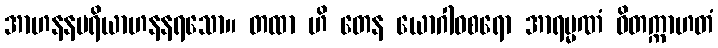
အာဟနနပရိယာဟနနရသော။ တထာ ဟိ တေန ယောဂါဝစရော အာရမ္မဏံ ဝိတက္ကာဟတံ